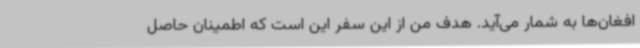
افغان‌ها به شمار می‌آید. هدف من از این سفر این است که اطمینان حاصل